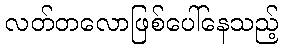
လတ်တလောဖြစ်ပေါ်နေသည့်